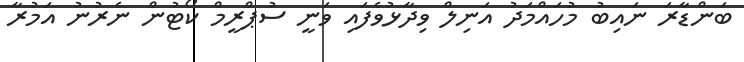
ބަންޑާރަ ނައިބު މުހައްމަދު އަނިލް ވިދާޅުވެފައި ވަނީ ސުޕްރީމް ކޯޓުން ނެރުނު އަމުރާ